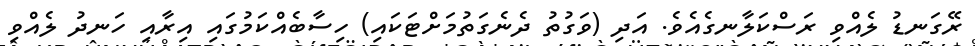
ރޭގަނޑު ލެއްވި ރަސްކަލާނގެއެވެ. އަދި (ވަގުތު ދެނެގަތުމަށްޓަކައި) ހިސާބެއްކަމުގައި އިރާއި ހަނދު ލެއްވި